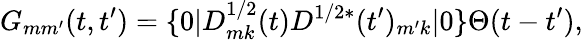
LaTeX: G_{mm^{\prime}}(t,t^{\prime})=\{ 0|D_{mk}^{1/2}(t)D^{1/2*}(t^{\prime})_{m^{\prime}k}|0\} \Theta(t-t^{\prime}),